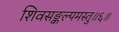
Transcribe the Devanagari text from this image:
शिवसङ्कल्पमस्तु॥६॥